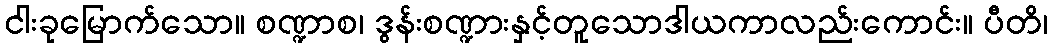
ငါးခုမြောက်သော။ စဏ္ဍာစ၊ ဒွန်းစဏ္ဍားနှင့်တူသောဒါယကာလည်းကောင်း။ ပီတိ၊